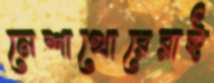
নেশাখোরেরাই